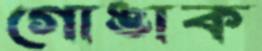
গোঙাক